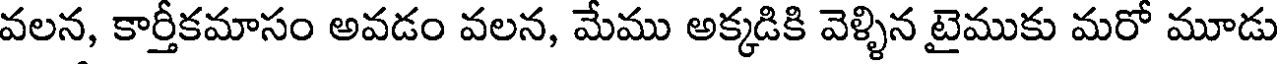
వలన, కార్తీకమాసం అవడం వలన, మేము అక్కడికి వెళ్ళిన టైముకు మరో మూడు